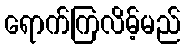
ရောက်ကြလိမ့်မည်